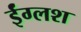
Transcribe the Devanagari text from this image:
ईंग्लश